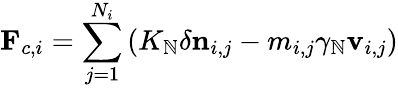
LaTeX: \mathbf{F}_{c,i}=\sum_{j=1}^{N_{i}}\left(K_{\mathbb{N}}\delta\mathbf{n}_{i,j}-m_{i,j}\gamma_{\mathbb{N}}\mathbf{v}_{i,j}\right)